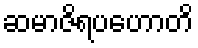
ဆမာဇိရပဟောတိ